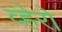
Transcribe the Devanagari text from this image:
व्हेरो